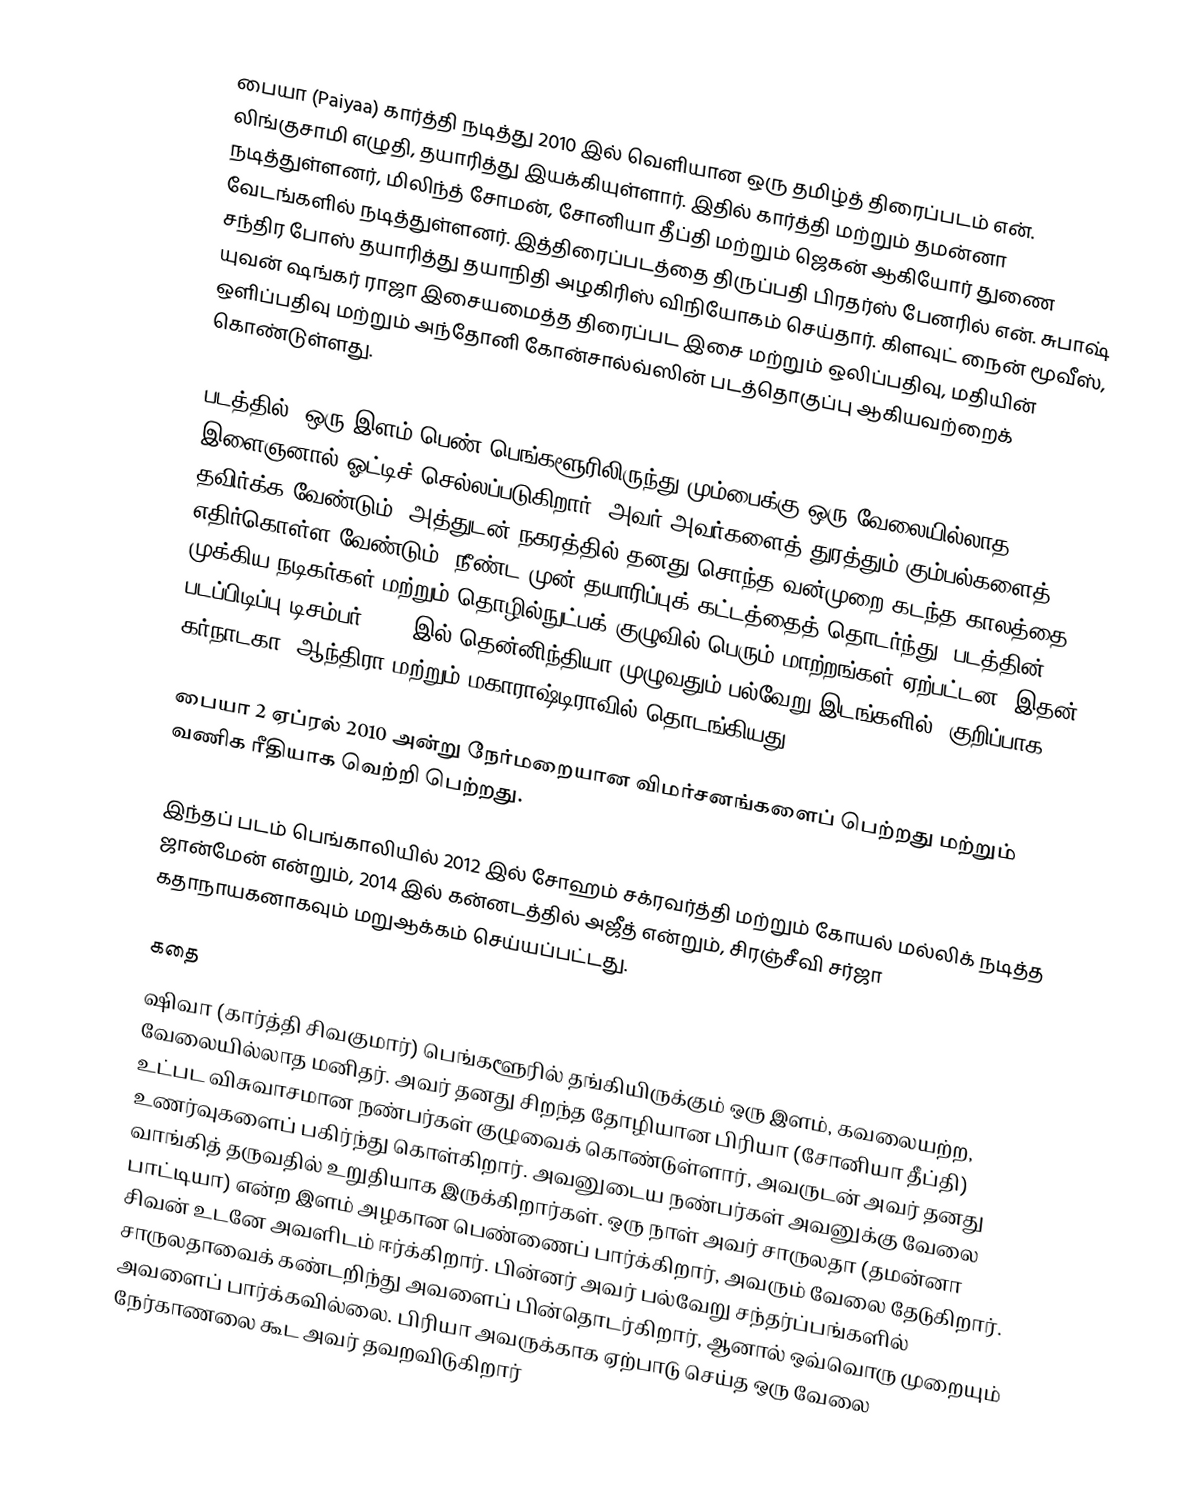
பையா (Paiyaa) கார்த்தி நடித்து 2010 இல் வெளியான ஒரு தமிழ்த் திரைப்படம்  என். லிங்குசாமி எழுதி, தயாரித்து இயக்கியுள்ளார். இதில் கார்த்தி மற்றும் தமன்னா நடித்துள்ளனர், மிலிந்த் சோமன், சோனியா தீப்தி மற்றும் ஜெகன் ஆகியோர் துணை வேடங்களில் நடித்துள்ளனர். இத்திரைப்படத்தை திருப்பதி பிரதர்ஸ் பேனரில் என். சுபாஷ் சந்திர போஸ் தயாரித்து தயாநிதி அழகிரிஸ் விநியோகம் செய்தார்.  கிளவுட் நைன் மூவீஸ், யுவன் ஷங்கர் ராஜா இசையமைத்த திரைப்பட இசை மற்றும் ஒலிப்பதிவு, மதியின் ஒளிப்பதிவு மற்றும் அந்தோனி கோன்சால்வ்ஸின் படத்தொகுப்பு ஆகியவற்றைக் கொண்டுள்ளது.

படத்தில், ஒரு இளம் பெண் பெங்களூரிலிருந்து மும்பைக்கு ஒரு வேலையில்லாத இளைஞனால் ஓட்டிச் செல்லப்படுகிறார், அவர் அவர்களைத் துரத்தும் கும்பல்களைத் தவிர்க்க வேண்டும், அத்துடன் நகரத்தில் தனது சொந்த வன்முறை கடந்த காலத்தை எதிர்கொள்ள வேண்டும்.  நீண்ட முன் தயாரிப்புக் கட்டத்தைத் தொடர்ந்து, படத்தின் முக்கிய நடிகர்கள் மற்றும் தொழில்நுட்பக் குழுவில் பெரும் மாற்றங்கள் ஏற்பட்டன, இதன் படப்பிடிப்பு டிசம்பர் 2008 இல் தென்னிந்தியா முழுவதும் பல்வேறு இடங்களில், குறிப்பாக கர்நாடகா, ஆந்திரா மற்றும் மகாராஷ்டிராவில் தொடங்கியது.

பையா 2 ஏப்ரல் 2010 அன்று நேர்மறையான விமர்சனங்களைப் பெற்றது மற்றும் வணிக ரீதியாக வெற்றி பெற்றது.

இந்தப் படம் பெங்காலியில் 2012 இல் சோஹம் சக்ரவர்த்தி மற்றும் கோயல் மல்லிக் நடித்த ஜான்மேன் என்றும், 2014 இல் கன்னடத்தில் அஜீத் என்றும், சிரஞ்சீவி சர்ஜா கதாநாயகனாகவும் மறுஆக்கம் செய்யப்பட்டது.

கதை
ஷிவா (கார்த்தி சிவகுமார்) பெங்களூரில் தங்கியிருக்கும் ஒரு இளம், கவலையற்ற, வேலையில்லாத மனிதர்.  அவர் தனது சிறந்த தோழியான பிரியா (சோனியா தீப்தி) உட்பட விசுவாசமான நண்பர்கள் குழுவைக் கொண்டுள்ளார், அவருடன் அவர் தனது உணர்வுகளைப் பகிர்ந்து கொள்கிறார்.  அவனுடைய நண்பர்கள் அவனுக்கு வேலை வாங்கித் தருவதில் உறுதியாக இருக்கிறார்கள்.  ஒரு நாள் அவர் சாருலதா (தமன்னா பாட்டியா) என்ற இளம் அழகான பெண்ணைப் பார்க்கிறார், அவரும் வேலை தேடுகிறார்.  சிவன் உடனே அவளிடம் ஈர்க்கிறார்.  பின்னர் அவர் பல்வேறு சந்தர்ப்பங்களில் சாருலதாவைக் கண்டறிந்து அவளைப் பின்தொடர்கிறார், ஆனால் ஒவ்வொரு முறையும் அவளைப் பார்க்கவில்லை.  பிரியா அவருக்காக ஏற்பாடு செய்த ஒரு வேலை நேர்காணலை கூட அவர் தவறவிடுகிறார்